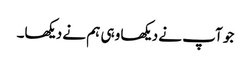
جو آپ نے دیکھا وہی ہم نے دیکھا۔